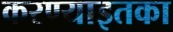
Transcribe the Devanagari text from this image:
करण्याइतका